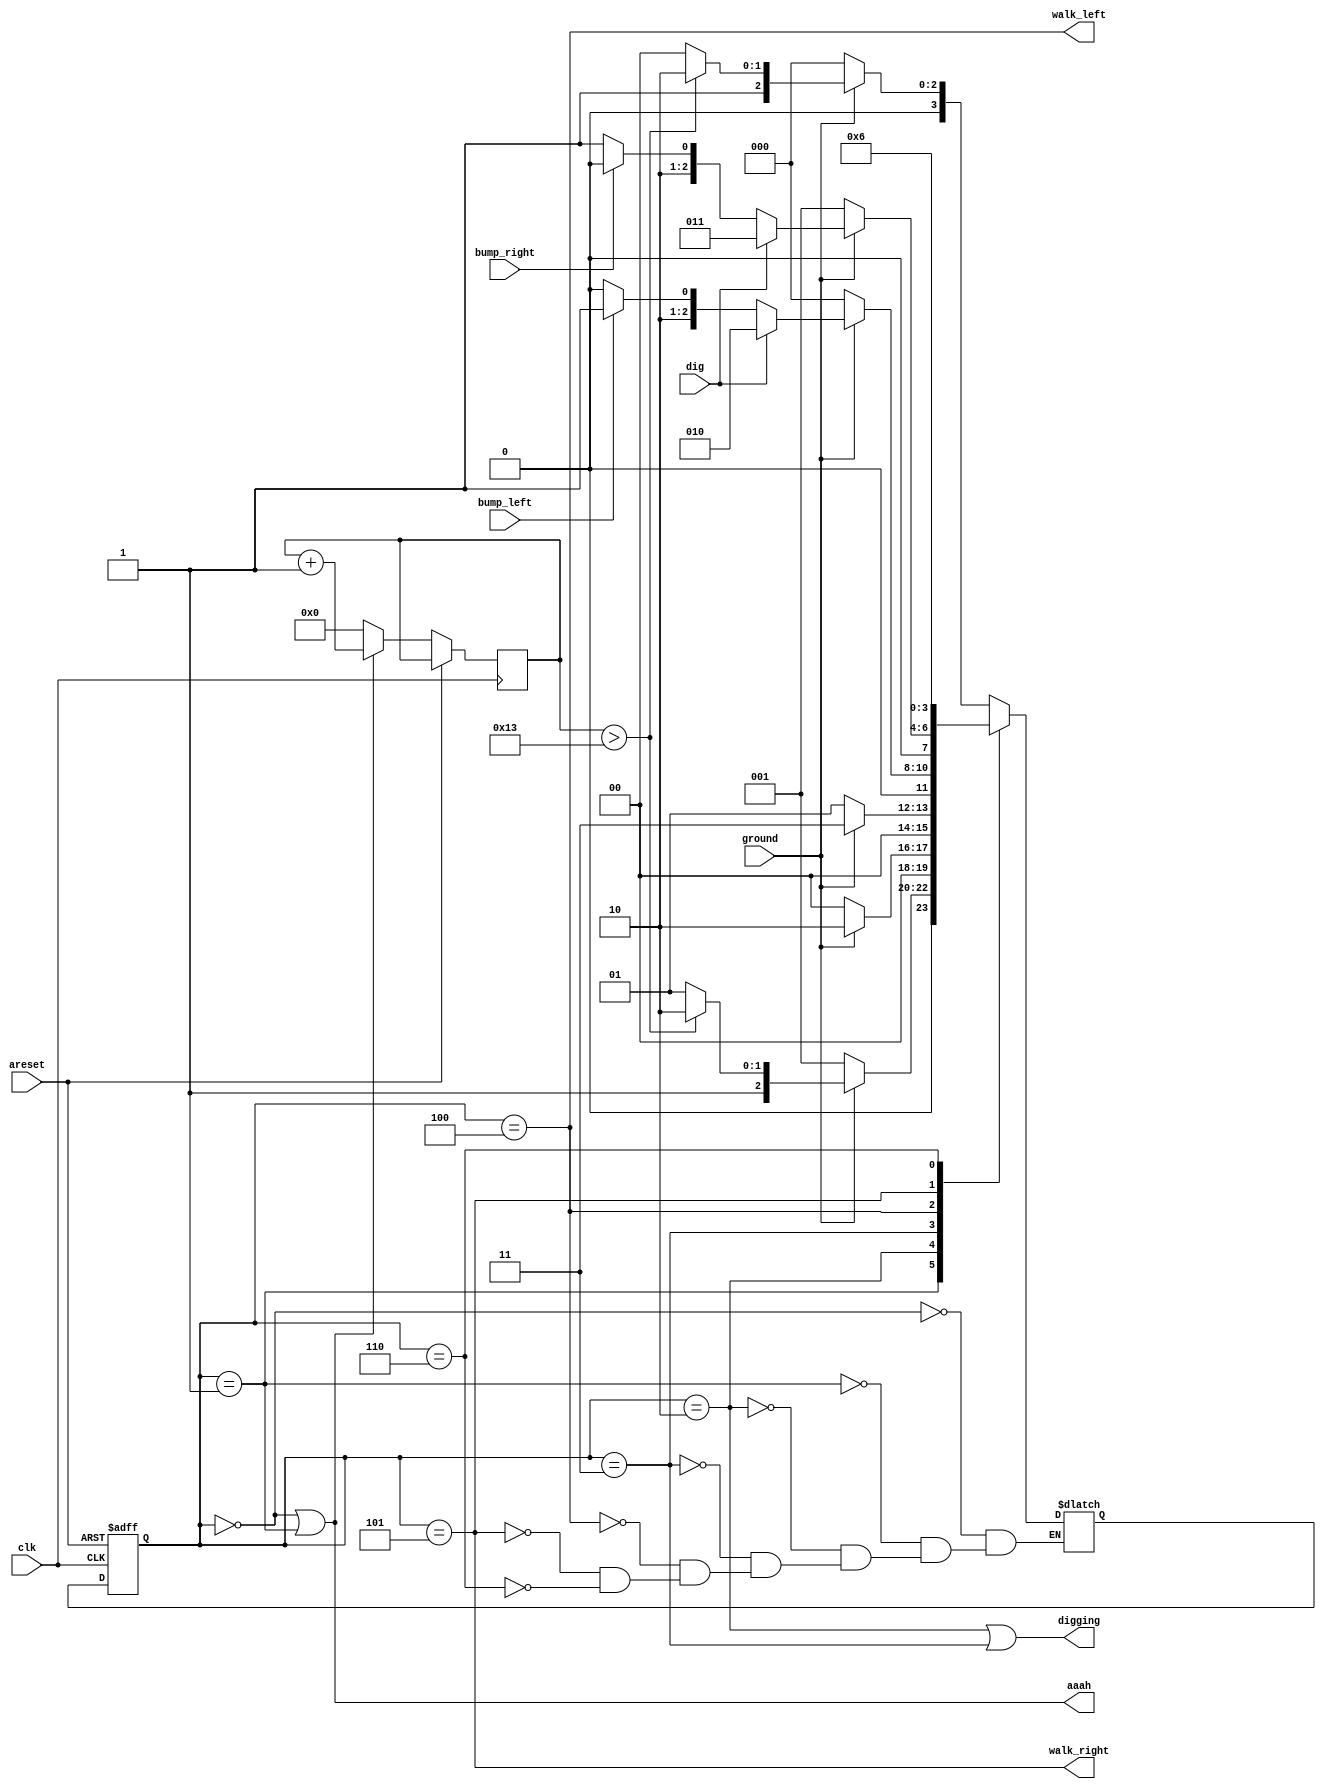
module top_module(
    input clk,
    input areset,    // Freshly brainwashed Lemmings walk left.
    input bump_left,
    input bump_right,
    input ground,
    input dig,
    output walk_left,
    output walk_right,
    output aaah,
    output digging ); 
    
    reg[6:0] count; 
    reg [3:0] state;
    reg [3:0] next_state;
    localparam [2:0] GROUND_L = 3'b000,
					 GROUND_R = 3'b001,
					 DIG_L = 3'b010,
 					 DIG_R = 3'b011,
    				 WALK_L = 3'b100,
    				 WALK_R = 3'b101,
    				 DIE = 3'b110;

    //state change
    always @(*)
        begin
            case(state)
                /*GROUNDif-else */
                GROUND_L: begin
                    if(ground)
                        begin
                            if(count > 19)
                                next_state <= DIE;
                            else
                                next_state <= WALK_L;
                        end
                    else
                        next_state <= GROUND_L;
                end
                GROUND_R: begin
                    if(ground)
                        begin
                            if(count > 19)
                                next_state <= DIE;
                            else
                                next_state <= WALK_R;
                        end
                    else
                        next_state <= GROUND_R;
                end
                DIG_L: next_state <= (ground == 0)? GROUND_L : DIG_L;
                DIG_R: next_state <= (ground == 0)? GROUND_R : DIG_R;
                WALK_L: next_state <= (ground == 0)? GROUND_L : (dig == 1)? DIG_L : (bump_left == 1)? WALK_R : WALK_L;
                WALK_R: next_state <= (ground == 0)? GROUND_R : (dig == 1)? DIG_R : (bump_right == 1)? WALK_L : WALK_R;   
                DIE: next_state <= DIE;
            endcase
        end
    
    //clk
    always @(posedge clk, posedge areset)
        begin
            if(areset)
                begin
                	state <= WALK_L;
                end
            else if((state == GROUND_L)||(state == GROUND_R)) begin
                    count <= count + 1;
                	state <= next_state;
            end
            else
                begin
                	state <= next_state;
                    count <= 0;
                end
        end
                
        	//assign
			assign walk_left = (state  == WALK_L);
        	assign walk_right = (state == WALK_R);
            assign aaah = ((state == GROUND_L)||(state == GROUND_R));
            assign digging = ((state == DIG_L)||(state == DIG_R));

endmodule